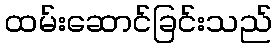
ထမ်းဆောင်ခြင်းသည်